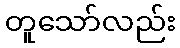
တူသော်လည်း